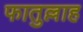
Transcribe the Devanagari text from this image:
फातुल्लाह